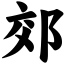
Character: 郊